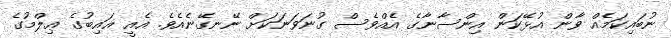
ނުބައިކަމެއް ވާން އުޅޭކަން އިންސާނާގެ އެއްވެސް ގުނަވަނަކަށް ނޭނގޭނެއެވެ. އެއީ ޣައިބުގެ ޢިލްމުގެ